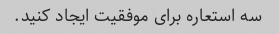
سه استعاره برای موفقیت ایجاد کنید.